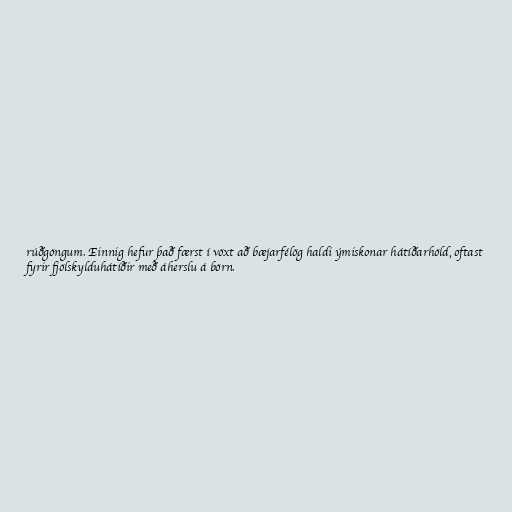
rúðgöngum. Einnig hefur það færst í vöxt að bæjarfélög haldi ýmiskonar hátíðarhöld, oftast
fyrir fjölskylduhátíðir með áherslu á börn.